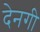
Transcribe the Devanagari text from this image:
देनगी